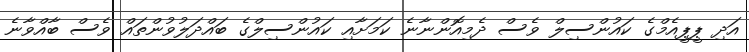
އަދި ޕީޕީއެމްގެ ކައުންސިލް ވެސް ދެމިއޮންނާނެ ކަމަށާއި ކައުންސިލްގެ ބައްދަލުވުންތައް ވެސް ބާއްވާނެ